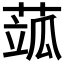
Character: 𦶍